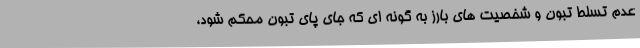
عدم تسلط تبون و شخصیت های بارز به گونه ای که جای پای تبون محکم شود،